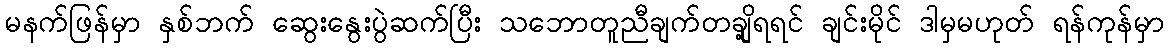
မနက်ဖြန်မှာ နှစ်ဘက် ဆွေးနွေးပွဲဆက်ပြီး သဘောတူညီချက်တချို့ရရင် ချင်းမိုင် ဒါမှမဟုတ် ရန်ကုန်မှာ